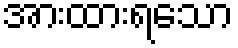
အားထားရသော